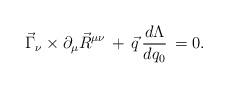
LaTeX: \begin{align*}\vec{\Gamma}_\nu \times \partial_\mu \vec{R}^{\mu \nu}\, + \, \vec{q} \, \frac{d \Lambda}{d q_0} \, = 0 .\end{align*}